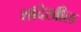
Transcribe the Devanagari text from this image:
शॉदेखील